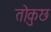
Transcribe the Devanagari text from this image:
तोकुछ